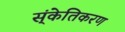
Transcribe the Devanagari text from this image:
स्ंकेतिकरण